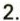
2.